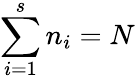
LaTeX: \sum_{i=1}^{s}n_{i}=N